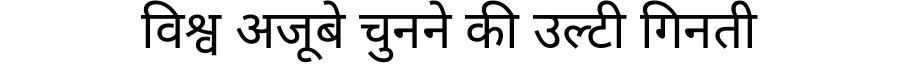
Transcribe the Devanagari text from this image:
विश्व अजूबे चुनने की उल्टी गिनती